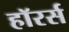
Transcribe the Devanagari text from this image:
हॉरर्स